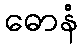
ဓောနံ